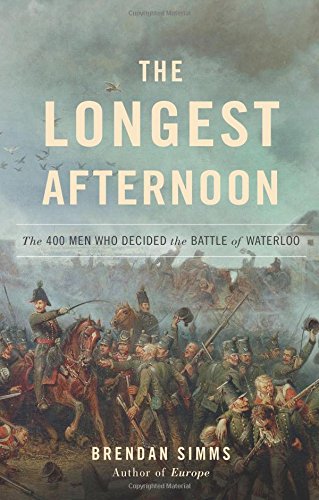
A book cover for The Longest Afternoon: The 400 Men Who Decided the Battle of Waterloo; Brendan Simms; History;